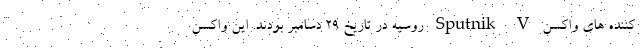
کننده های واکسن Sputnik V روسیه در تاریخ ۲۹ دسامبر بودند. این واکسن